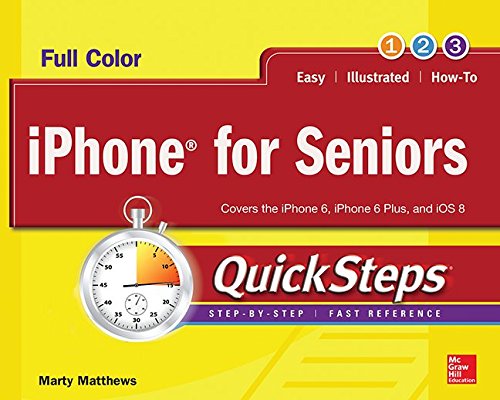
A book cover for iPhone for Seniors QuickSteps; Marty Matthews; Computers & Technology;